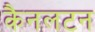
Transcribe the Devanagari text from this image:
कैनलटन